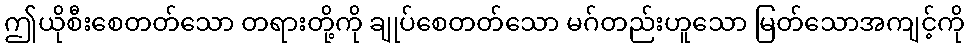
ဤယိုစီးစေတတ်သော တရားတို့ကို ချုပ်စေတတ်သော မဂ်တည်းဟူသော မြတ်သောအကျင့်ကို